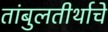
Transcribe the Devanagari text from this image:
तांबुलतीर्थाचे